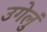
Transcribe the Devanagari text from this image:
उगेलुं